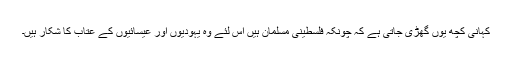
کہانی کچھ یوں گھڑی جاتی ہے کہ چونکہ فلسطینی مسلمان ہیں اس لئے وہ یہودیوں اور عیسائیوں کے عتاب کا شکار ہیں۔